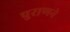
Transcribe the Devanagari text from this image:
पुराणने